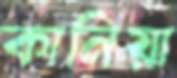
কানিয়া